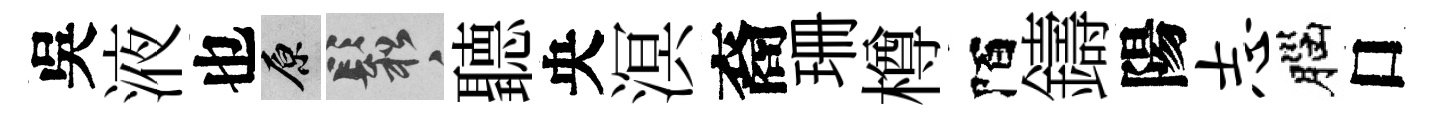
吳液也原鬆聽央溟裔珊樽陌鑄陽志腦口